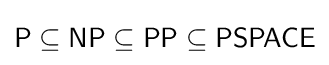
{\textsf {P}}\subseteq {\textsf {NP}}\subseteq {\textsf {PP}}\subseteq {\textsf {PSPACE}}